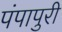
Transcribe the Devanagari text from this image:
पंपापुरी